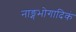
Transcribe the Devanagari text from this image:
नाङ्गभोगादिकं